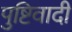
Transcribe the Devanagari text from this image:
पुष्टिवादी